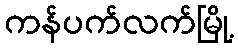
ကန်ပက်လက်မြို့